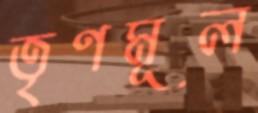
তৃণমূল